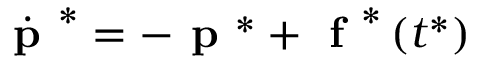
\begin{array} { r } { \dot { \textbf { p } } ^ { * } = - \textbf { p } ^ { * } + \textbf { f } ^ { * } \left( t ^ { * } \right) } \end{array}